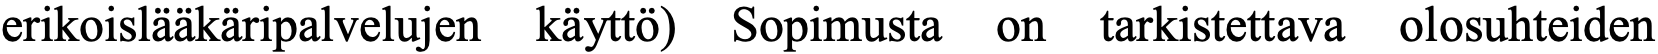
erikoislääkäripalvelujen käyttö) Sopimusta on tarkistettava olosuhteiden